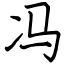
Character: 冯